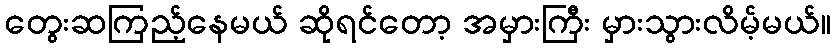
တွေးဆကြည့်နေမယ် ဆိုရင်တော့ အမှားကြီး မှားသွားလိမ့်မယ်။